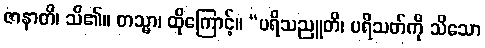
ဇာနာတိ၊ သိ၏။ တသ္မာ၊ ထိုကြောင့်။ “ပရိသညူတိ၊ ပရိသတ်ကို သိသော